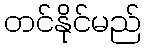
တင်နိုင်မည်